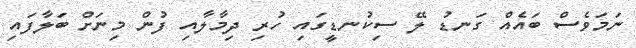
ނަމަވެސް ބައެއް ގަނޑު ލޭ ސިކުނޑީގައި ހުރި ދިމާލާއި ފުން މިނަށް ބަލާފައި